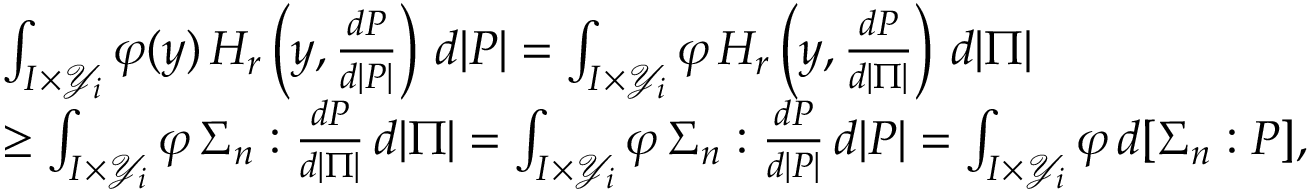
\begin{array} { r l } & { \int _ { I \times \mathcal { Y } _ { i } } \varphi ( y ) \, H _ { r } \left( y , \frac { d P } { d | P | } \right) \, d | P | = \int _ { I \times \mathcal { Y } _ { i } } \varphi \, H _ { r } \left( y , \frac { d P } { d | \Pi | } \right) \, d | \Pi | } \\ & { \geq \int _ { I \times \mathcal { Y } _ { i } } \varphi \, \Sigma _ { n } : \frac { d P } { d | \Pi | } \, d | \Pi | = \int _ { I \times \mathcal { Y } _ { i } } \varphi \, \Sigma _ { n } : \frac { d P } { d | P | } \, d | P | = \int _ { I \times \mathcal { Y } _ { i } } \varphi \, d [ \Sigma _ { n } : P ] , } \end{array}